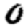
Digit: 0